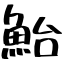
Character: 鮐